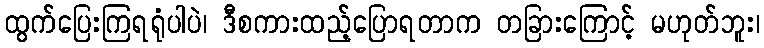
ထွက်ပြေးကြရရုံပါပဲ၊ ဒီစကားထည့်ပြောရတာက တခြားကြောင့် မဟုတ်ဘူး၊